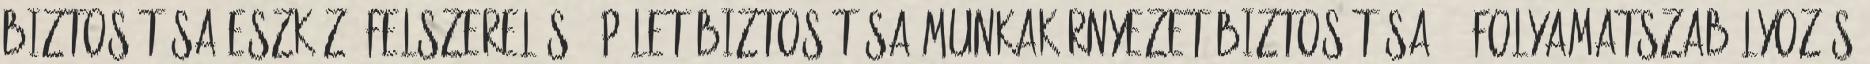
biztosítása Eszköz, felszerelés, épület biztosítása Munkakörnyezet biztosítása 64 Folyamatszabályozás